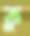
ক্ল